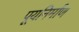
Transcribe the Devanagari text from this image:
पूयनिर्माण